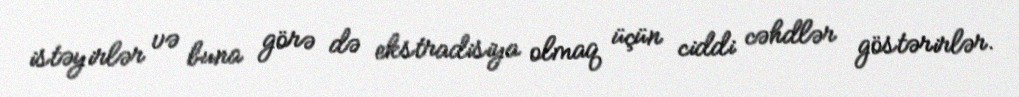
istəyirlər və buna görə də ekstradisiya olmaq üçün ciddi cəhdlər göstərirlər.